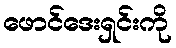
ဖောင်ဒေးရှင်းကို